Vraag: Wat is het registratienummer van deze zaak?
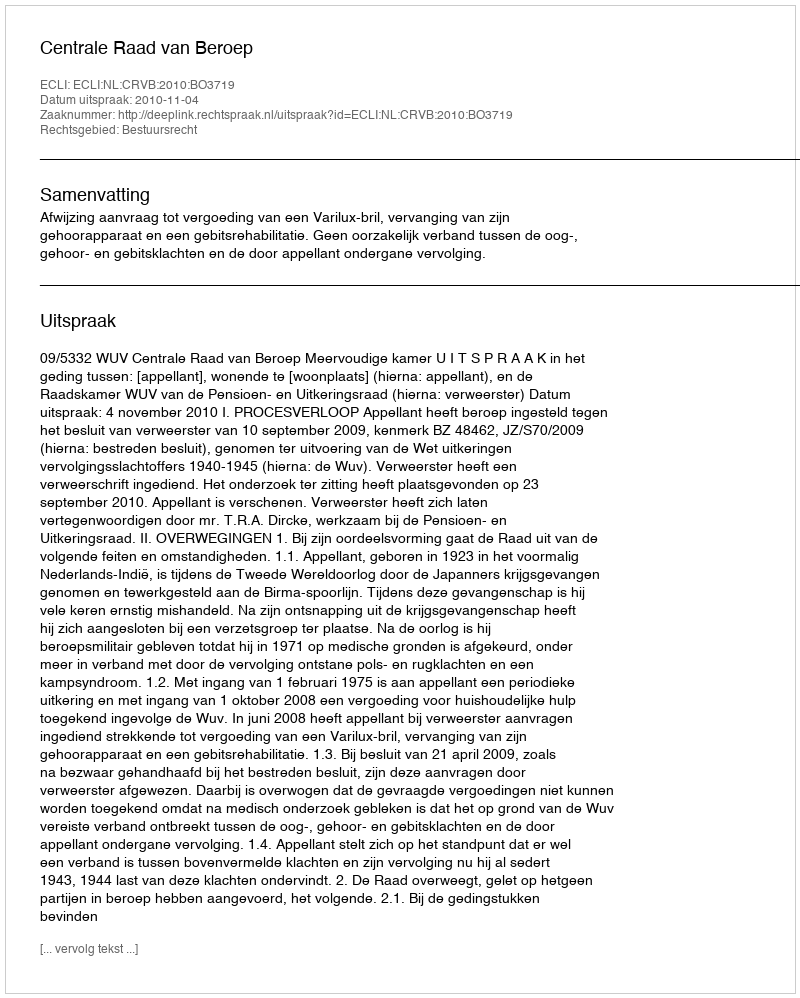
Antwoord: http://deeplink.rechtspraak.nl/uitspraak?id=ECLI:NL:CRVB:2010:BO3719